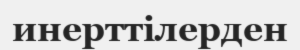
инерттілерден